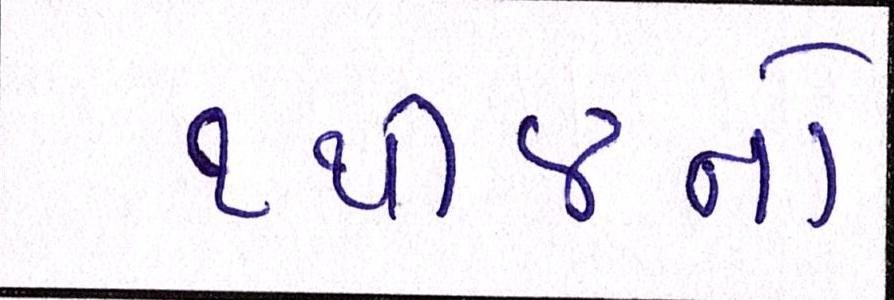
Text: ૧થી૪નો